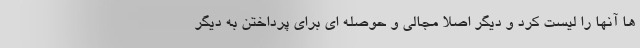
ها آنها را لیست کرد و دیگر اصلا مجالی و حوصله ای برای پرداختن به دیگر